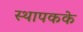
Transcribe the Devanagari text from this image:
स्थापकके